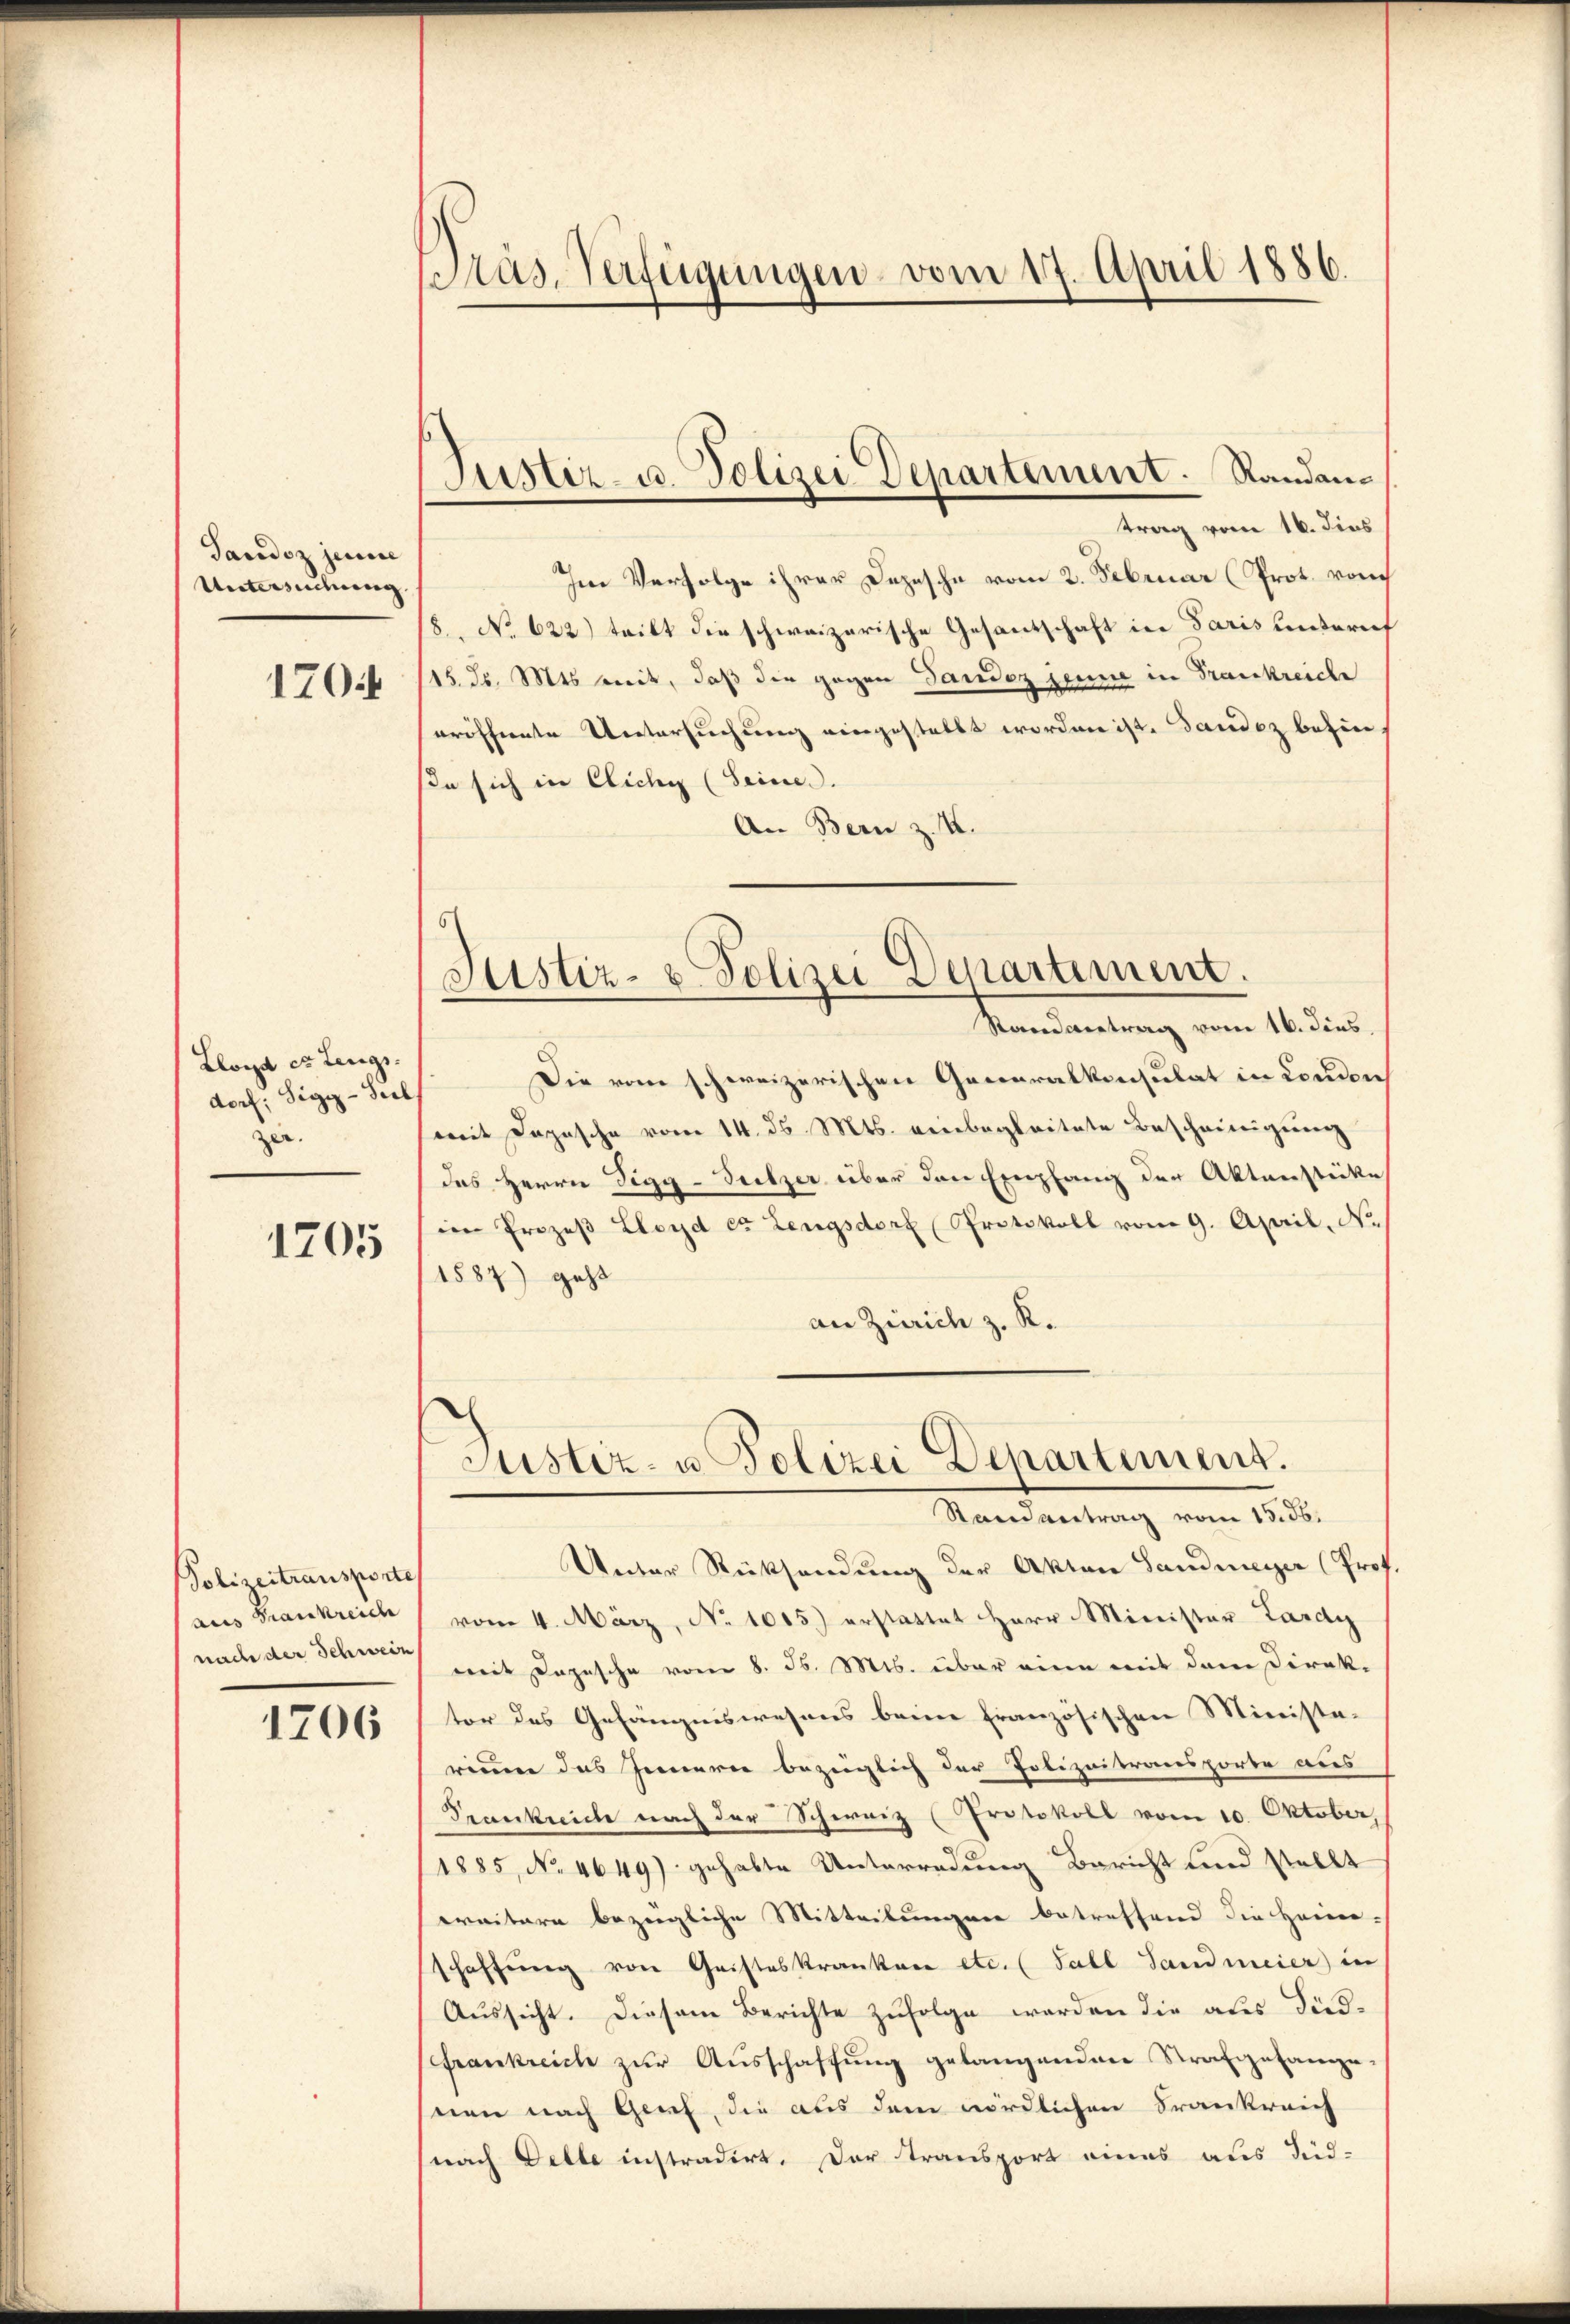
Tandoz jenere
Untersuchung
1704

Lloyd er teugs
dorf. Sigg - Seel
zer.

1705

Polizeitransporte
aus Krankreiche
nach der Schwein

1706

Im Verfolge ihrer Depesche vom 2. Februar (Prot. von
8. No 622) teilt die schweizerische Gesantschaft in Paris unterief
115. Fr. 815 mit, daß die gegen Sandoz jeune in Frankreiche
eröffernte Untersuchung viergestellt worden ist. Sandoz behinsie sich in Cichy (Seine.
An Bern z. K.

Pras. Verfügungen vom 17. April 1886.

Justiz- u. Polizei Departement. Randantrag vom 16. dies

Justiz- & Polizei Departiment.
Hamantung vom 14. der

Justiz- u Polizei Departement.
Randantrag vom 15. 36.

Die vom schweizerischen Generalkonsulat in Condon
mit Depesche vom 14. ds. Mts. einbegleitete Bescheinigung
des Herrn Sigg - Seitzer über den Einpfang der Aktenstücke
im Prozeβ Lloyd et Leugsdorf Protokoll vom 9. April, No
1587) geht
an Zürich z. R.
Unter Rücksendung der Akten Sandmeyer (Prof.
vom 4. März, No 1005.) erstattet Herr Minister Lardy
mit Depesche vom 8. d. Mts. über eine mit dem Direktor des Gefängniswesens beim französischen Ministe-
rium das Jennerer bezüglich der Polizeitransporte aus
Trankreiche nach der Schweiz (Protokoll vom 10. Oktober,
1885, No 4649) gehabte Unterredung Bericht und stellt
weitere bezügliche Mitteilungen betreffend die Heim-
schaffung von Gristeskranken etc. (Tabl Landmeier in
Aŭssicht. Diesem Berichte zŭfolge werden die als Sid-
Frankreich zur Ausschaffung gelangenden Strafgesange-
nen nach Grief, die aus dem nördlichen Frankreich
nach Delle instradirt. Der Transport eines aus Süd-